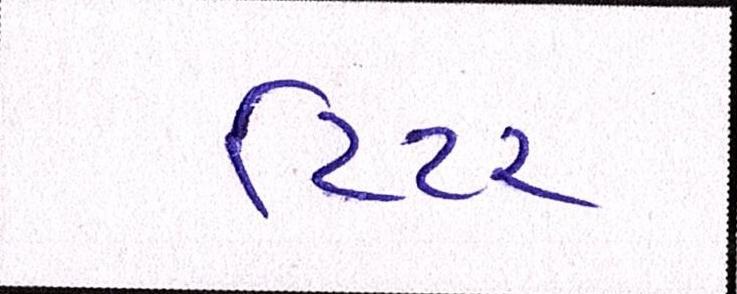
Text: ટિંટર